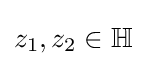
z_{1},z_{2}\in \mathbb {H}